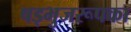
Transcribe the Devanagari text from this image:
षड्भुजरूपका